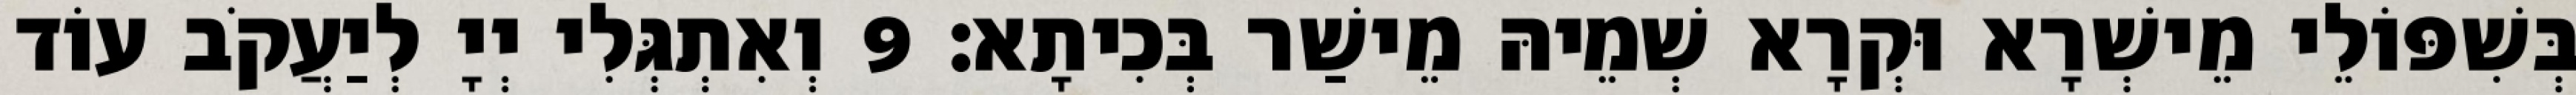
בְּשִׁפּוֹלֵי מֵישְׁרָא וּקְרָא שְׁמֵיהּ מֵישַׁר בְּכִיתָא׃ 9 וְאִתְגְּלִי יְיָ לְיַעֲקֹב עוֹד